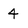
Character: 4